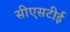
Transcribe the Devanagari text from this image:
सीएसटीई